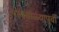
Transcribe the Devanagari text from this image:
पावसाळ्यापूर्वी